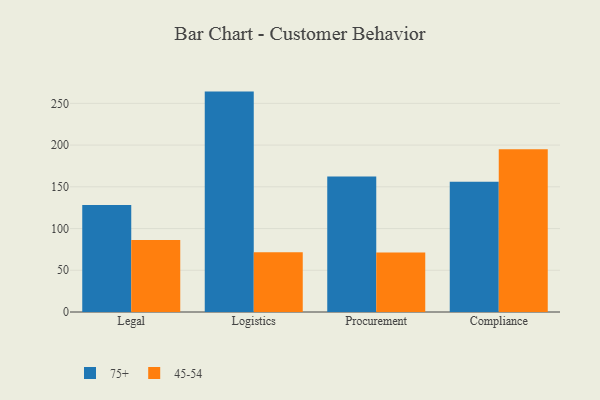
{"axis": {"x": "Department", "y": "Active Users"}, "legend": ["45-54", "75+"], "data": [{"x": "Legal", "y": 128.1, "type": "75+"}, {"x": "Legal", "y": 86.2, "type": "45-54"}, {"x": "Logistics", "y": 264.1, "type": "75+"}, {"x": "Logistics", "y": 71.5, "type": "45-54"}, {"x": "Procurement", "y": 162.4, "type": "75+"}, {"x": "Procurement", "y": 71.2, "type": "45-54"}, {"x": "Compliance", "y": 156.1, "type": "75+"}, {"x": "Compliance", "y": 195.1, "type": "45-54"}]}